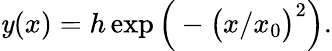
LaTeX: \mathit{y}(x)=h\exp{\Big(-\big(x/x_{0}\big)^{2}\Big)}.